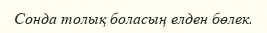
Сонда толық боласың елден бөлек.